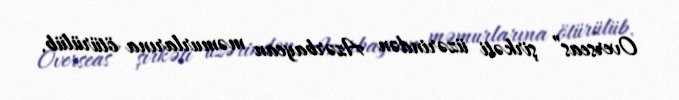
Overseas” şirkəti üzərindən Azərbaycan məmurlarına ötürülüb.